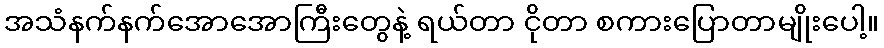
အသံနက်နက်အောအောကြီးတွေနဲ့ ရယ်တာ ငိုတာ စကားပြောတာမျိုးပေါ့။